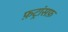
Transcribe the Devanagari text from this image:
फ़ट्रांसफ़